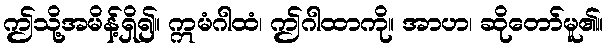
ဤသို့အမိန့်ရှိ၍။ ဣမံဂါထံ၊ ဤဂါထာကို။ အာဟ၊ ဆိုတော်မူ၏။